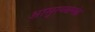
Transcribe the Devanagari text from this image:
आसुरव्यामोह